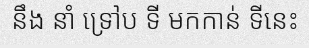
នឹង នាំ ទ្រៅប ទី មកកាន់ ទីនេះ